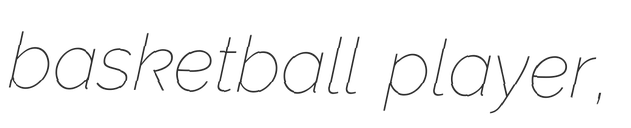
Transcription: basketball player,